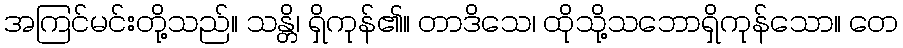
အကြင်မင်းတို့သည်။ သန္တိ၊ ရှိကုန်၏။ တာဒိသေ၊ ထိုသို့သဘောရှိကုန်သော။ တေ